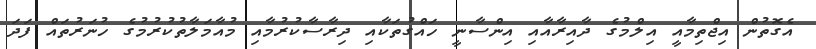
އެގޮތުން އިޖްތިމާއީ އިލްމުގެ ދާއިރާއާއި އިންސާނީ ހައްގުތަކާއި ދިރާސާކުުރުމާއި މުއާމަލާތުކުރުމުގެ ހުނަރުތައް ފަަދަ